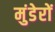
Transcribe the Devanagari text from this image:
मुंडेरों